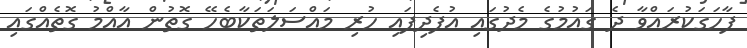
ފާހަގަކުރައްވާ ދެ ގައުމުގެ މެދުގައި އުފެދިފައި ހުރި މައްސަލަތަކާބެހޭ ގޮތުން އާއްމު ގޮތެއްގައި